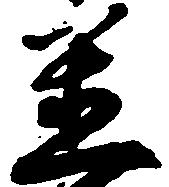
置